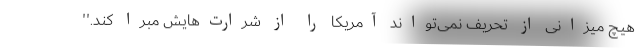
هیچ میزانی از تحریف نمی‌تواند آمریکا را از شرارت‌هایش مبرا کند.''